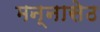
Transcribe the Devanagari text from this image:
मन्नासेठ